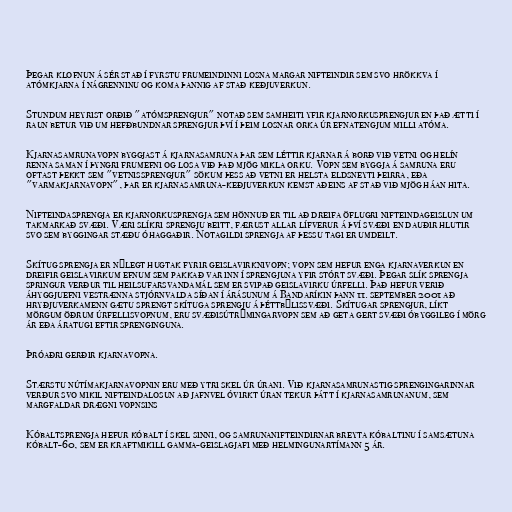
Þegar klofnun á sér stað í fyrstu frumeindinni losna margar nifteindir sem svo hrökkva í
atómkjarna í nágrenninu og koma þannig af stað keðjuverkun.

Stundum heyrist orðið "atómsprengjur" notað sem samheiti yfir kjarnorkusprengjur en það ætti í
raun betur við um hefðbundnar sprengjur því í þeim losnar orka úr efnatengjum milli atóma.

Kjarnasamrunavopn byggjast á kjarnasamruna þar sem léttir kjarnar á borð við vetni og helín
renna saman í þyngri frumefni og losa við það mjög mikla orku. Vopn sem byggja á samruna eru
oftast þekkt sem "vetnissprengjur" sökum þess að vetni er helsta eldsneyti þeirra, eða
"varmakjarnavopn", þar er kjarnasamruna-keðjuverkun kemst aðeins af stað við mjög háan hita.

Nifteindasprengja er kjarnorkusprengja sem hönnuð er til að dreifa öflugri nifteindageislun um
takmarkað svæði. Væri slíkri sprengju beitt, færust allar lífverur á því svæði en dauðir hlutir
svo sem byggingar stæðu óhaggaðir. Notagildi sprengja af þessu tagi er umdeilt.

Skítug sprengja er nýlegt hugtak fyrir geislavirknivopn; vopn sem hefur enga kjarnaverkun en
dreifir geislavirkum efnum sem pakkað var inn í sprengjuna yfir stórt svæði. Þegar slík sprengja
springur verður til heilsufarsvandamál sem er svipað geislavirku úrfelli. Það hefur verið
áhyggjuefni vestrænna stjórnvalda síðan í árásunum á Bandaríkin þann 11. september 2001 að
hryðjuverkamenn gætu sprengt skítuga sprengju á þéttbýlissvæði. Skítugar sprengjur, líkt
mörgum öðrum úrfellisvopnum, eru svæðisútrýmingarvopn sem að geta gert svæði óbyggileg í mörg
ár eða áratugi eftir sprenginguna.

Þróaðri gerðir kjarnavopna.

Stærstu nútímakjarnavopnin eru með ytri skel úr úrani. Við kjarnasamrunastig sprengingarinnar
verður svo mikil nifteindalosun að jafnvel óvirkt úran tekur þátt í kjarnasamrunanum, sem
margfaldar drægni vopnsins

Kóbaltsprengja hefur kóbalt í skel sinni, og samrunanifteindirnar breyta kóbaltinu í samsætuna
kóbalt-60, sem er kraftmikill gamma-geislagjafi með helmingunartímann 5 ár.